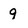
Character: 9